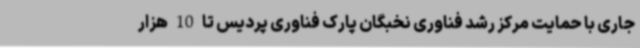
جاری با حمایت مرکز رشد فناوری نخبگان پارک فناوری پردیس تا 10 هزار